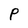
Character: P